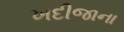
ખદીજાના